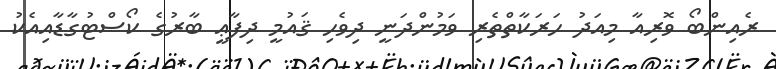
ރެއިންބޯ ވޮރިއާ މިއަދު ހަރަކާތްތެރި ވަމުންދަނީ ދިވެހި ޤައުމީ ދިފާޢީ ބާރުގެ ކޯސްޓުގާޑާއިއެކު